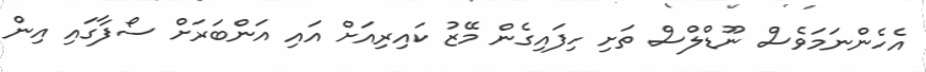
އެހެންނަމަވެސް ނޫޑްލްސް ތަށި ހިފައިގެން މޭޒު ކައިރިއަށް އައި އަންބަރަށް ސޯފާގައި އިން